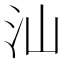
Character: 汕